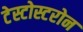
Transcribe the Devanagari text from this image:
टेस्टोस्टरोन